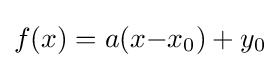
f(x)=a(x{-}x_{0})+y_{0}